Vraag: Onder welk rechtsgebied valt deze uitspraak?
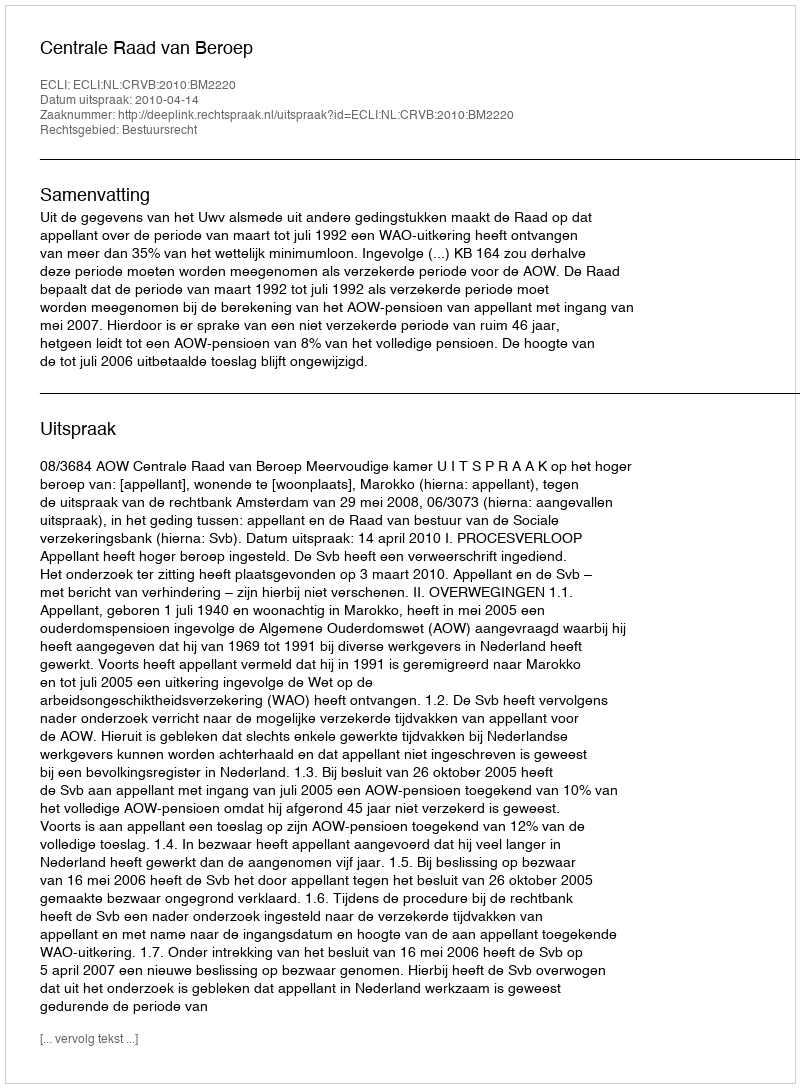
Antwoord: Bestuursrecht